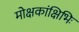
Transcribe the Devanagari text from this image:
मोक्षकांक्षिभिः